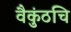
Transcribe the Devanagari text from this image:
वैकुंठचि